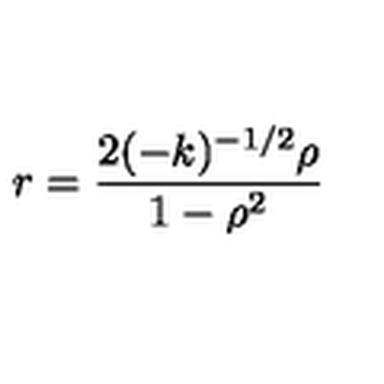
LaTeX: r = \frac { 2 ( - k ) ^ { - 1 / 2 } { \rho } } { 1 - { \rho } ^ { 2 } }